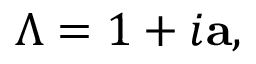
\Lambda = 1 + i \mathbf { a } ,